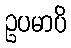
ဥပမာပိ